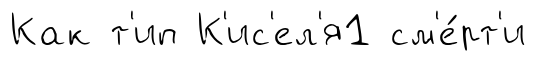
Как т'ип К'ис'ел'я1 см'е́рт'и